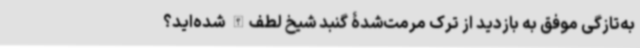
به‌تازگی موفق به بازدید از ترک مرمت‌شدۀ گنبد شیخ لطف‌الله شده‌اید؟